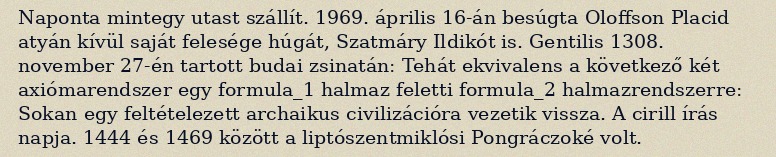
Naponta mintegy utast szállít. 1969. április 16-án besúgta Oloffson Placid atyán kívül saját felesége húgát, Szatmáry Ildikót is. Gentilis 1308. november 27-én tartott budai zsinatán: Tehát ekvivalens a következő két axiómarendszer egy formula_1 halmaz feletti formula_2 halmazrendszerre: Sokan egy feltételezett archaikus civilizációra vezetik vissza. A cirill írás napja. 1444 és 1469 között a liptószentmiklósi Pongráczoké volt.